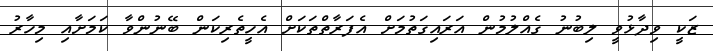
ޒަކީ ވިދާޅުވީ ލިބުނު ގެއްލުމުން އަރައިގަތުމަށް އެފަރާތްތަކަށް އެހީތެރިކަން ބޭނުންވާ ކަމަށާއި މިހާރު